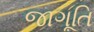
જાગૂતિ